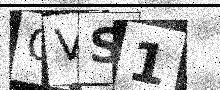
Text: QVS1